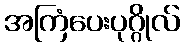
အကြံပေးပုဂ္ဂိုလ်